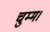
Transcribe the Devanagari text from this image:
चुम्म।